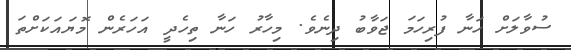
ސުވާލަށް ހަނާ ފުރިހަމަ ޖަވާބު ދިނެވެ. މިހާރު ހަނާ ތިހެދީ އަހަރެން މޮޔައަކަށްތަ